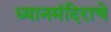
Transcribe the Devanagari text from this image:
ध्यानमंदिराचे